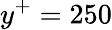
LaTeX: y^{+}=250